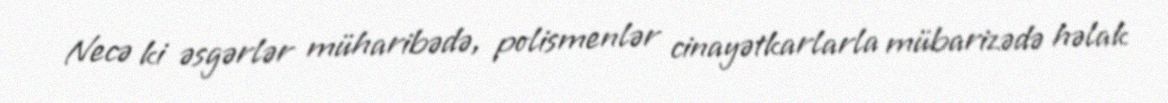
Necə ki əsgərlər müharibədə, polismenlər cinayətkarlarla mübarizədə həlak